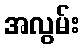
အလွမ်း